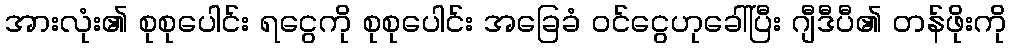
အားလုံး၏ စုစုပေါင်း ရငွေကို စုစုပေါင်း အခြေခံ ဝင်ငွေဟုခေါ်ပြီး ဂျီဒီပီ၏ တန်ဖိုးကို